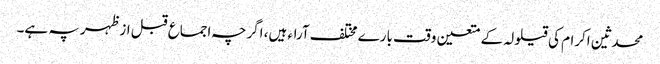
محدثین اکرام کی قیلولہ کے متعین وقت بارے مختلف آراء ہیں، اگرچہ اجماع قبل ازظہر پہ ہے۔